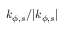
k _ { \phi , s } / | k _ { \phi , s } |